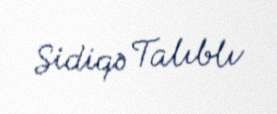
Sidiqə Talıblı